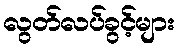
လွတ်လပ်ခွင့်များ